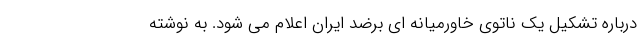
درباره تشکیل یک ناتوی خاورمیانه ای برضد ایران اعلام می شود. به نوشته